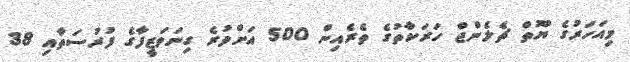
މިއަހަރުގެ ޔޫތް ޗެލެންޖް ހަރަކާތުގެ ތެެރެއިން 500 އަށްވުރެ ގިނަވަޒީފާގެ ފުރުސަތާއި 38